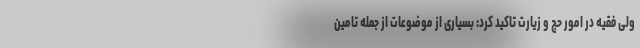
ولی فقیه در امور حج و زیارت تاکید کرد: بسیاری از موضوعات از جمله تامین